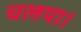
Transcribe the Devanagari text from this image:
चलया।